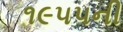
૧૯૫૫ની